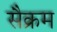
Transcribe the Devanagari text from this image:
सैक्रम